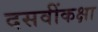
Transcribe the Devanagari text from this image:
दसवींकक्षा